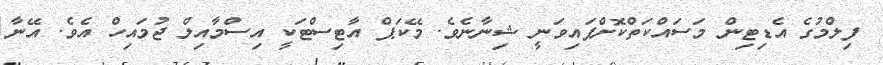
ފިލްމުގެ އެޑިޓިން މަސައްކަތްކޮށްފައިވަނީ ޝިނާނެވެ. މޭކަޕް އާޓިސްޓަކީ އިސްމާއިލް ޖުމައިހް އެވެ. އޭނާ